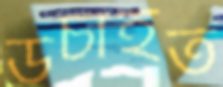
উচাইত